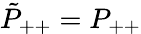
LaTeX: {\tilde{P}}_{++}=P_{++}